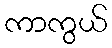
ကာကွယ်